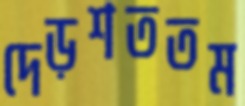
দেড়শততম